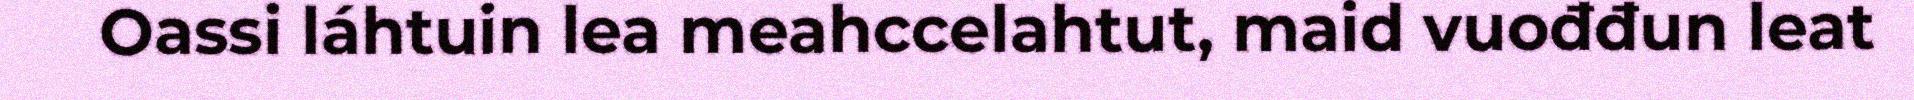
Oassi láhtuin lea meahccelahtut, maid vuođđun leat